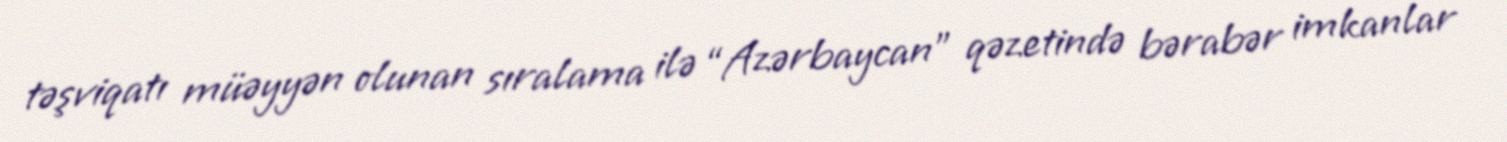
təşviqatı müəyyən olunan sıralama ilə “Azərbaycan” qəzetində bərabər imkanlar